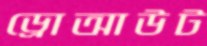
ড্রোআউট